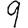
Digit: 9